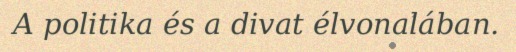
A politika és a divat élvonalában.